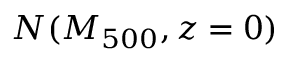
N ( M _ { 5 0 0 } , z = 0 )